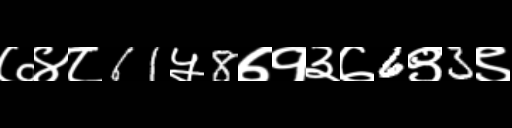
Text: ७४८61५8७१३७6९3९